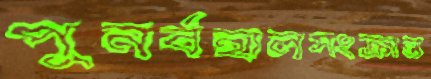
পুনর্বহালসংক্রান্ত